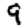
Digit: 9